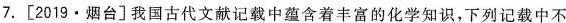
7. [2019·烟台]我国古代文献记载中蕴含着丰富的化学知识，下列记载中不